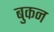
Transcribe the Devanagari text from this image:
बुकन